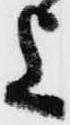
上